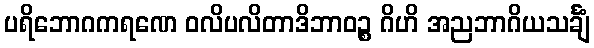
ပရိဘောဂကရဏေ ဝလိပလိတာဒိဘာဝဉ္စ ဂိဟိ အညဘာဂိယသင်္ချံ